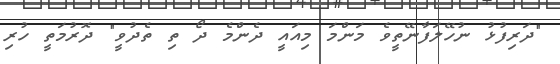
"ދަރިފުޅު ނުހޭލަފާނޭތީވެ މަންމަ މިއައީ ދެންމެ ދޯ ތި ތެދުވީ" ދޮރުމަތީ ހުރި